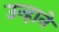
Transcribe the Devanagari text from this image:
उन्हानें